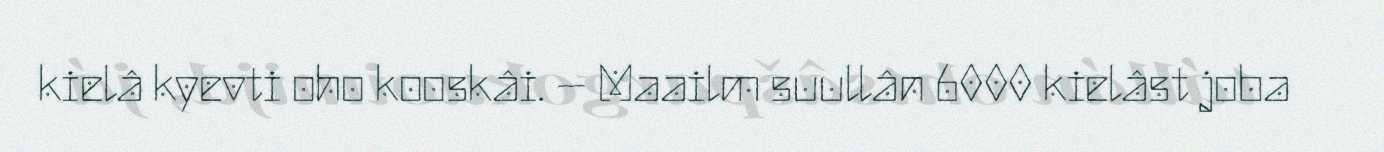
kielâ kyevti oho kooskâi. – Maailm suullân 6000 kielâst joba